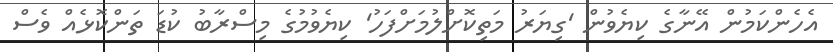
އެހެންކަމުން އޭނާގެ ކިޔެވުން 'ގިޔަރު މަތިކޮށްލުމަށްފަހު' ކިޔެވުމުގެ މިސްރާބު ކުޑަ ތަންކޮޅެއް ވެސް